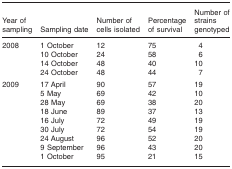
<table><thead><tr><td><b>Year of sampling</b></td><td><b>Sampling date</b></td><td><b>Number of cells isolated</b></td><td><b>Percentage of survival</b></td><td><b>Number of strains genotyped</b></td></tr></thead><tbody><tr><td rowspan="4">2008</td><td>1 October</td><td>12</td><td>75</td><td>4</td></tr><tr><td>10 October</td><td>24</td><td>58</td><td>6</td></tr><tr><td>14 October</td><td>48</td><td>40</td><td>10</td></tr><tr><td>24 October</td><td>48</td><td>44</td><td>7</td></tr><tr><td rowspan="9">2009</td><td>17 April</td><td>90</td><td>57</td><td>19</td></tr><tr><td>5 May</td><td>69</td><td>42</td><td>10</td></tr><tr><td>28 May</td><td>69</td><td>38</td><td>20</td></tr><tr><td>18 June</td><td>89</td><td>37</td><td>13</td></tr><tr><td>16 July</td><td>72</td><td>49</td><td>19</td></tr><tr><td>30 July</td><td>72</td><td>54</td><td>19</td></tr><tr><td>24 August</td><td>96</td><td>52</td><td>20</td></tr><tr><td>9 September</td><td>96</td><td>43</td><td>20</td></tr><tr><td>1 October</td><td>95</td><td>21</td><td>15</td></tr></tbody></table>